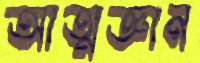
আত্মজ্ঞান